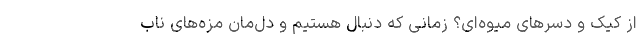
از کیک و دسرهای میوه‌ای؟ زمانی که دنبال هستیم و دل‌مان مزه‌های ناب